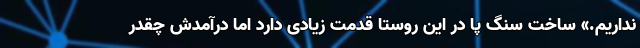
نداریم.» ساخت سنگ پا در این روستا قدمت زیادی دارد اما درآمدش چقدر